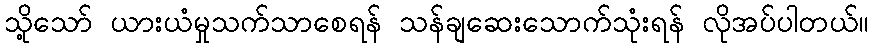
သို့သော် ယားယံမှုသက်သာစေရန် သန်ချဆေးသောက်သုံးရန် လိုအပ်ပါတယ်။